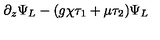
\partial _ { z } \Psi _ { L } - ( g \chi \tau _ { 1 } + \mu \tau _ { 2 } ) \Psi _ { L }